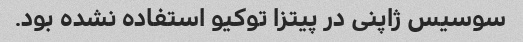
سوسیس ژاپنی در پیتزا توکیو استفاده نشده بود.